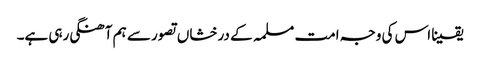
یقینا اس کی وجہ امت مسلمہ کے درخشاں تصور سے ہم آھنگی رہی ہے۔